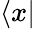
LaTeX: \langle x|